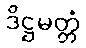
ဒိဋ္ဌမတ္တံ